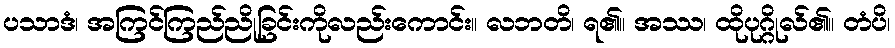
ပသာဒံ၊ အကြင်ကြည်ညိုခြင်းကိုလည်းကောင်း။ လဘတိ၊ ရ၏။ အဿ၊ ထိုပုဂ္ဂိုလ်၏။ တံပိ၊